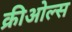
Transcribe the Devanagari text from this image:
क्रीओल्स